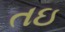
તઇ